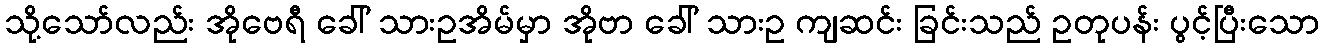
သို့သော်လည်း အိုဗေရီ ခေါ် သားဥအိမ်မှာ အိုဗာ ခေါ် သားဥ ကျဆင်း ခြင်းသည် ဥတုပန်း ပွင့်ပြီးသော